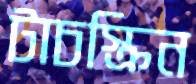
টাচস্ক্রিন